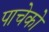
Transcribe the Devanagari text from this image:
पाचेको